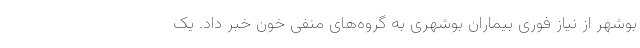
بوشهر از نیاز فوری بیماران بوشهری به گروه‌های منفی خون خبر داد. یک